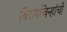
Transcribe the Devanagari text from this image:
विरामचिन्हांची